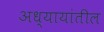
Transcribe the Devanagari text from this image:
अध्यायांतील